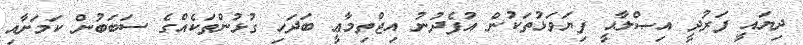
ދިޔައީ ފަރުދީ އިޞްލާޙީ ފިޔަވަޅުތަކުން އުފެދުނު އިޖްތިމާޢީ ބަދަހި ގުޅުންތަކެއްގެ ސަބަބުން ކަމަށާއި